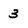
Character: 3